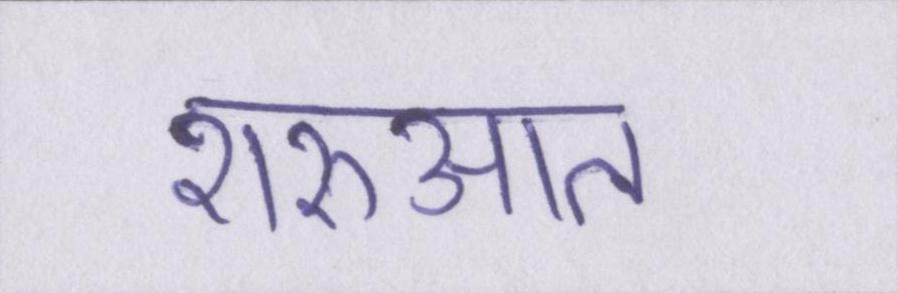
शरुआत